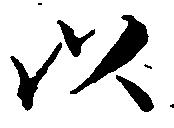
以